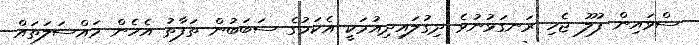
ސްވައިން ފުލޫ ޖެހި ރަނގަޅުނުވެ ދިގުލައިދިއުމަކީ އެކަމުގެ ސަބަބުން ތަފާތު އެހެން މައްސަލަތައް